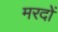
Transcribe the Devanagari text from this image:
मरदों